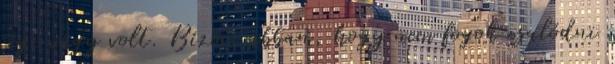
régi vágy volt. Bízom abban, hogy nem fogok csalódni